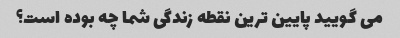
می گویید پایین ترین نقطه زندگی شما چه بوده است؟